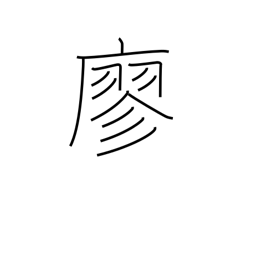
Meaning: empty